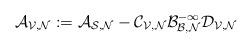
LaTeX: \begin{align*}\cal A_{V,N}:=A_{S,N}-C_{V,N} B^{-1}_{B,N}D_{V,N}\end{align*}